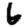
Digit: 6